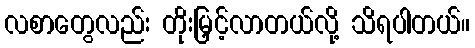
လစာတွေလည်း တိုးမြှင့်လာတယ်လို့ သိရပါတယ်။